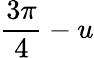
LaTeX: \frac{3\pi}{4}-u